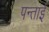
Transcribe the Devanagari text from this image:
पन्ताई